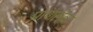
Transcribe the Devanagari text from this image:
प्राणलेवा